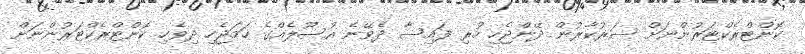
ކޮންޓްރެކްޓަރުންނަށް ސަރުކާރުން ދޭންޖެހި ހުރި ފައިސާ ދެވޭނެ އުސޫލެއްގެ ހަމަޖެހި ދިވެހި ކޮންޓްރެކްޓަރުންނަށް